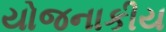
યોજનાકીય